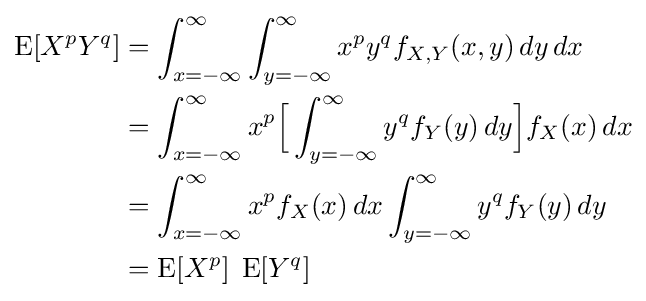
{\begin{aligned}\operatorname {E} [X^{p}Y^{q}]&=\int _{x=-\infty }^{\infty }\int _{y=-\infty }^{\infty }x^{p}y^{q}f_{X,Y}(x,y)\,dy\,dx\\&=\int _{x=-\infty }^{\infty }x^{p}{\Big [}\int _{y=-\infty }^{\infty }y^{q}f_{Y}(y)\,dy{\Big ]}f_{X}(x)\,dx\\&=\int _{x=-\infty }^{\infty }x^{p}f_{X}(x)\,dx\int _{y=-\infty }^{\infty }y^{q}f_{Y}(y)\,dy\\&=\operatorname {E} [X^{p}]\;\operatorname {E} [Y^{q}]\end{aligned}}